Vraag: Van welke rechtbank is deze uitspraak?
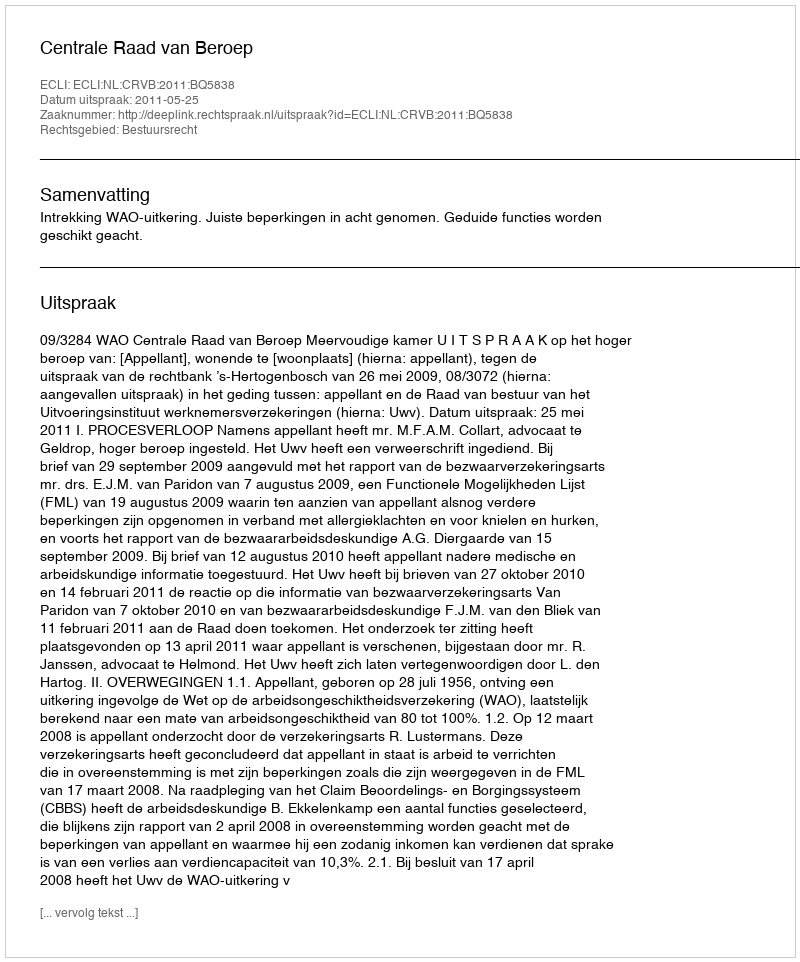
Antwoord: Centrale Raad van Beroep